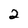
Character: 2